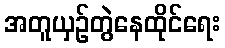
အတူယှဉ်တွဲနေထိုင်ရေး